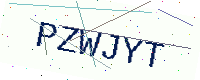
Text: PZWJYT